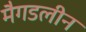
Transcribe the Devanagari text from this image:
मैगडलीन